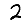
Digit: 2